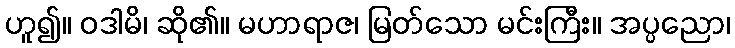
ဟူ၍။ ဝဒါမိ၊ ဆို၏။ မဟာရာဇ၊ မြတ်သော မင်းကြီး။ အပ္ပညော၊